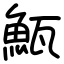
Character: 𩶏